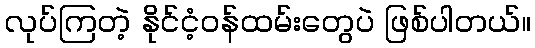
လုပ်ကြတဲ့ နိုင်ငံ့ဝန်ထမ်းတွေပဲ ဖြစ်ပါတယ်။